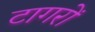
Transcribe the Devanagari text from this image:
टागरों